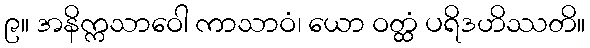
၉။ အနိက္ကသာဝေါ ကာသာဝံ၊ ယော ဝတ္ထံ ပရိဒဟိဿတိ။